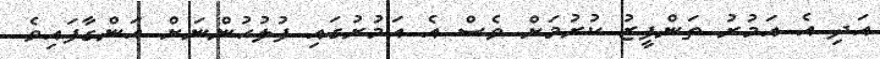
އަދި އެ އަމުރު ތަންފީޒު ކުރުމަށް ވެސް އެ އަމުރުގައި ފުލުހުންނަށް އަންގާފައިވެ